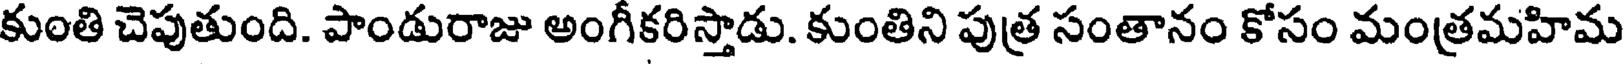
కుంతి చెపుతుంది. పాండురాజు అంగీకరిస్తాడు. కుంతిని పుత్ర సంతానం కోసం మంత్రమహిమ